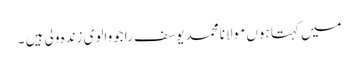
میں کہتا ہوں مولانا محمد یوسف راجووالوی زندہ ولی ہیں ۔